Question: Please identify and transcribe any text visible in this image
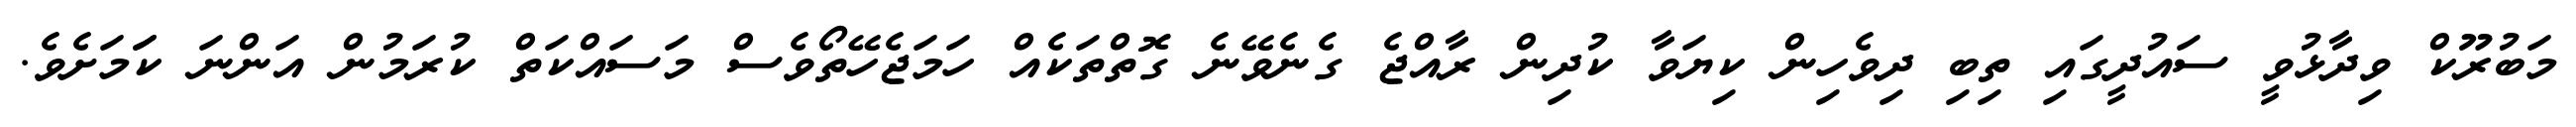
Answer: މަބުރޫކް ވިދާޅުވީ ސައުދީގައި ތިބި ދިވެހިން ކިޔަވާ ކުދިން ރާއްޖެ ގެނެވޭނެ ގޮތްތަކެއް ހަމަޖެހޭތޯވެސް މަސައްކަތް ކުރަމުން އަންނަ ކަަމަށެވެ.